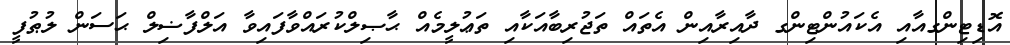
އޮޑިޓިންގއާއި އެކައުންޓިންގ ދާއިރާއިން އެތައް ތަޖުރިބާއަކާއި ތަޢުލީމެއް ޙާޞިލްކުރައްވާފައިވާ އަލްފާޟިލް ޙަސަން ލުޠުފީ